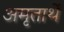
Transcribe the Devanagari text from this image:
अमृतार्थे